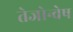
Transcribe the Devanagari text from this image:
तेजोन्वेष